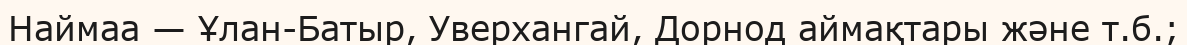
Наймаа — Ұлан-Батыр, Уверхангай, Дорнод аймақтары және т.б.;